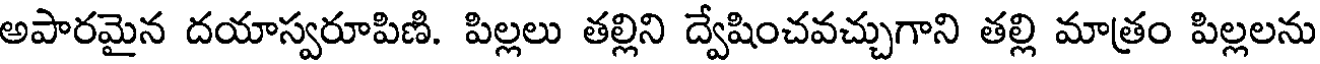
అపారమైన దయాస్వరూపిణి. పిల్లలు తల్లిని ద్వేషించవచ్చుగాని తల్లి మాత్రం పిల్లలను